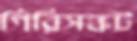
গিরিসঙ্কট